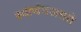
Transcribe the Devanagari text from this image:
स्वार्थचअसते